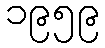
၁၉၅၉